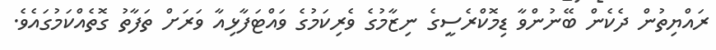
ރައްޔިތުން ދެކެން ބޭނުންވާ ޑިމޮކްރެސީގެ ނިޒާމުގެ ވެރިކަމުގެ ވައްޓަފާޅިއާ ވަރަށް ތަފާތު ގޮތެއްކަމުގައެވެ.